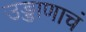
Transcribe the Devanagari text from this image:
उड्डाणाचं